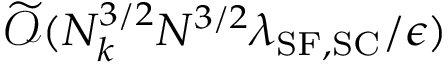
\widetilde { \mathcal { O } } ( N _ { k } ^ { 3 / 2 } N ^ { 3 / 2 } \lambda _ { \mathrm { S F } , \mathrm { S C } } / \epsilon )